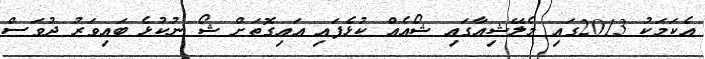
އެކަމަކު 2013ގައި މެލޭޝިއާގައި ޝޯއެއް ކުޅެފައި އައިގޮތަށް ޝޯ ނުކުޅެ ބައިވަރު ދުވަސް